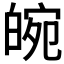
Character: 𤾂